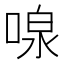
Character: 𪡠